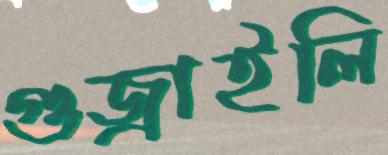
গুজ্‌রাইলি